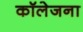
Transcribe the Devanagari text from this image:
कॉलेजना